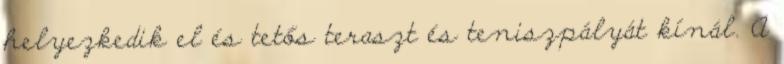
helyezkedik el és tetős teraszt és teniszpályát kínál. A